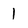
Character: 1